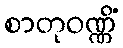
စာတုဝဏ္ဏိံ